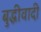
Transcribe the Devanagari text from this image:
बुद्धीवादी